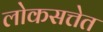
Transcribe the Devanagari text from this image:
लोकसत्तेत